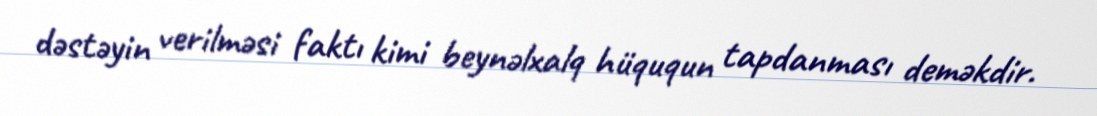
dəstəyin verilməsi faktı kimi beynəlxalq hüququn tapdanması deməkdir.